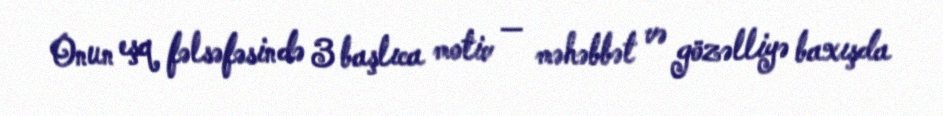
Onun eşq fəlsəfəsində 3 başlıca motiv — məhəbbət və gözəlliyə baxışda